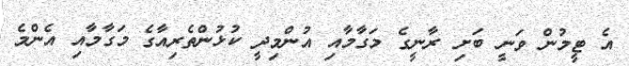
އެ ޓީމުން ވަނީ ބަށި ރާނީގެ މަގާމާއި އުންމިދީ ކުޅުންތެރިއާގެ މަގާމާއި އެންމެ